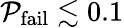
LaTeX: \mathcal{P}_{\mathrm{{fail}}}\lesssim0.1